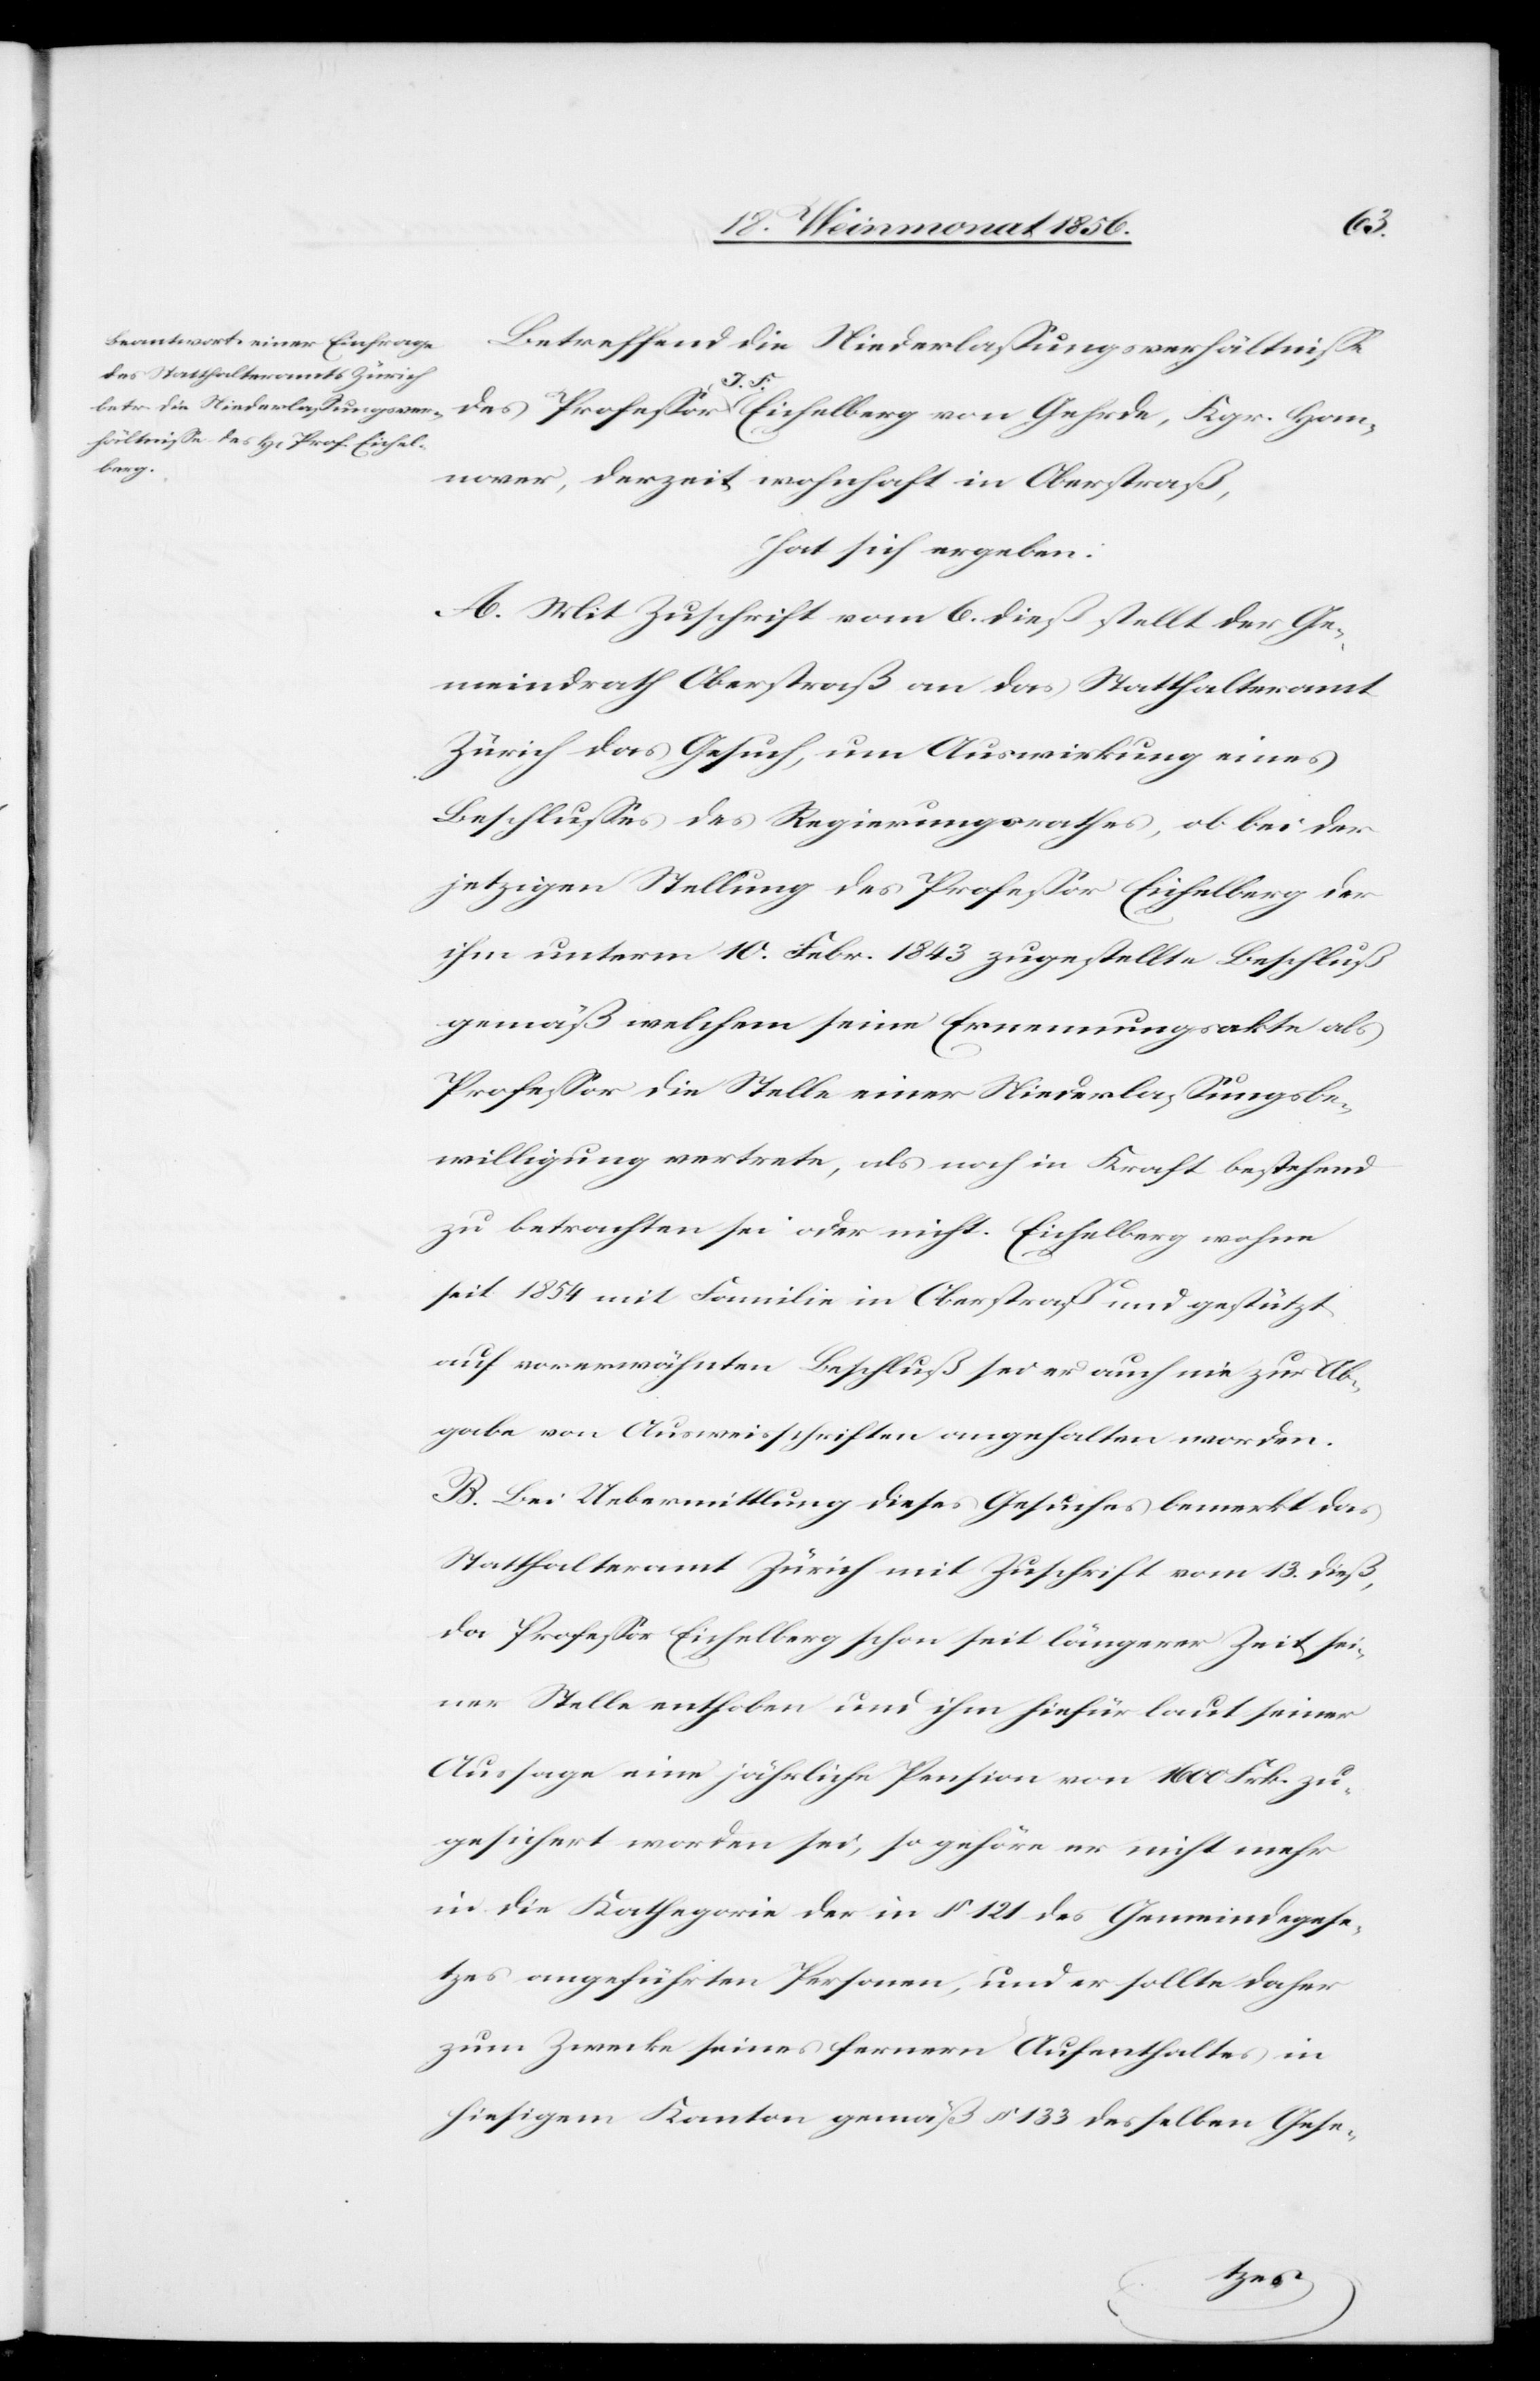
Kgr.
Betreffend die Niederlassungsverhältnisse
nover, derzeit wohnhaft in Oberstraß,
hat sich ergeben:
A. Mit Zuschrift vom 6. dieß stellt der Ge¬
meindrath Oberstraß an das Statthalteramt
Zürich das Gesuch, um Auswirkung eines
Beschlusses des Regierungsrathes, ob bei der
jetzigen Stellung des Professor Eichelberg der
ihm unterm 10. Febr. 1843 zugestellte Beschluß
gemäß welchem seine Ernennungsakte als
Professor die Stelle einer Niederlassungsbe¬
willigung vertrete, als noch in Kraft bestehend
zu betrachten sei oder nicht. Eichelberg wohne
seit 1854 mit Familie in Oberstraß und gestützt
auf vorerwähnten Beschluß sei er auch nie zur Ab¬
gabe von Ausweisschriften angehalten worden.
B. Bei Uebermittlung dieses Gesuches bemerkt das
Statthalteramt Zürich mit Zuschrift vom 13. dieß,
da Professor Eichelberg schon seit längerer Zeit sei¬
ner Stelle enthoben und ihm hiefür laut seiner
Aussage eine jährliche Pension von 1600 Frk. zu¬
gesichert worden sei, so gehöre er nicht mehr
in die Kathegorie der in § 121 des Gemeindegese¬
tzes angeführten Personen, und er sollte daher
zum Zwecke seines fernern Aufenthaltes in
hiesigem Kanton gemäß § 133 desselben Gese-
Han¬